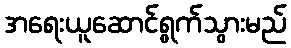
အရေးယူဆောင်ရွက်သွားမည်